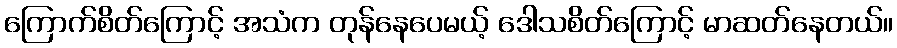
ကြောက်စိတ်ကြောင့် အသံက တုန်နေပေမယ့် ဒေါသစိတ်ကြောင့် မာဆတ်နေတယ်။